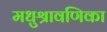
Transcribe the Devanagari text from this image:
मधुश्रावणिका